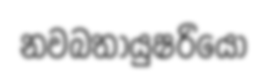
නවබතායුෂරියෝ